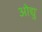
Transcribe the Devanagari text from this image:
ओद्यु